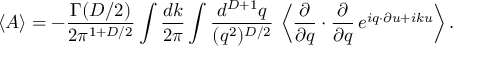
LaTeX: \langle { \cal A } \rangle = - \frac { \Gamma ( D / 2 ) } { 2 \pi ^ { 1 + D / 2 } } \int \frac { d k } { 2 \pi } \int \frac { d ^ { D + 1 } q } { ( q ^ { 2 } ) ^ { D / 2 } } \, \left\langle \frac { \partial } { \partial q } \cdot \frac { \partial } { \partial q } \, e ^ { i q \cdot \partial u + i k u } \right\rangle .